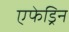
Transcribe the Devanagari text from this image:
एफेड्रिन